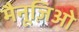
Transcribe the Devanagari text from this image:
मैनूज़िओ